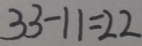
3 3 - 1 1 = 2 2